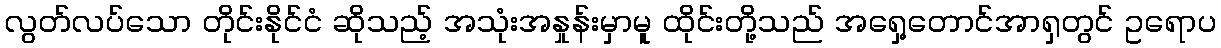
လွတ်လပ်သော တိုင်းနိုင်ငံ ဆိုသည့် အသုံးအနှုန်းမှာမူ ထိုင်းတို့သည် အရှေ့တောင်အာရှတွင် ဥရောပ